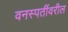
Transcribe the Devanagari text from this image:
वनस्पतींवरील